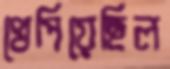
খেপিয়েছিল